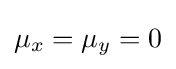
\mu _{x}=\mu _{y}=0